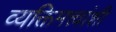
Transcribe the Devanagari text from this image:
व्यक्तिमत्त्वांशी